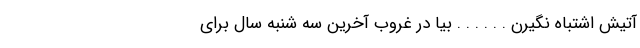
آتیش اشتباه نگیرن . . . . . . بیا در غروب آخرین سه شنبه سال برای